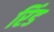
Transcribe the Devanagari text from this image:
रिंड